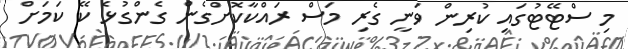
މި ސްޓޭޓުގައި ކުރިން ވަނީ ގެރި މަސް ރައްކާކޮށްގެން ގެންގުޅެ ކޭ ކަމަށް